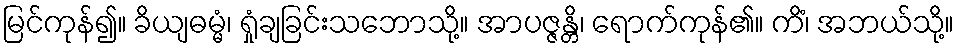
မြင်ကုန်၍။ ခိယျဓမ္မံ၊ ရှုံချခြင်းသဘောသို့။ အာပဇ္ဇန္တိ၊ ရောက်ကုန်၏။ ကိံ၊ အဘယ်သို့။